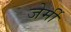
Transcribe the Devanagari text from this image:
जेर्मी